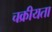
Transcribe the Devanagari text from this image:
चक्रीयता